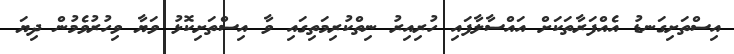
އިސްތަށިގަނޑު އެއްފަރާތަކަށް އައްސާލާފައި ހުރިއިރު ނިތްކުރިމަތިގައި ވާ އިސްތަށިކޮޅު ވަޔާ ވިހުރުވެމުން ދިޔަ